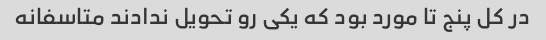
در کل پنج تا مورد بود که یکی رو تحویل ندادند متاسفانه